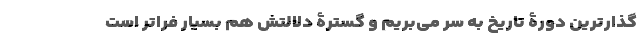
گذارترین دورۀ تاریخ به سر می‌بریم و گسترۀ دلالتش هم بسیار فراتر است